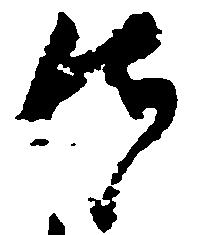
所